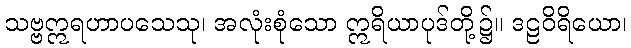
သဗ္ဗဣရဟာပသေသု၊ အလုံးစုံသော ဣရိယာပုဒ်တို့၌။ ဒဠဝိရိယော၊